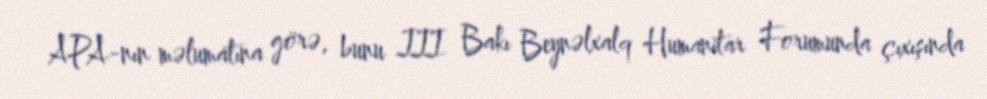
APA-nın məlumatına görə, bunu III Bakı Beynəlxalq Humanitar Forumunda çıxışında